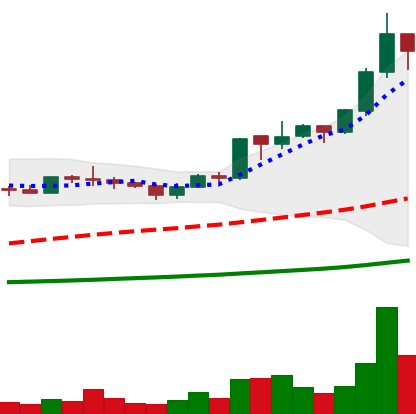
Ticker: ADA-USD
Chart end date: 2020-07-09
Forward return: 6.171%
Label: up_5_7